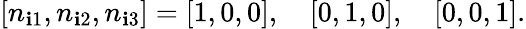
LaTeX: [n_{\mathbf{i}1},n_{\mathbf{i}2},n_{\mathbf{i}3}]=[1,0,0],\quad[0,1,0],\quad[0,0,1].